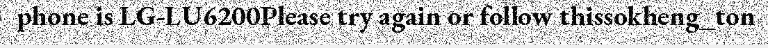
phone is LG-LU6200Please try again or follow thissokheng_ton